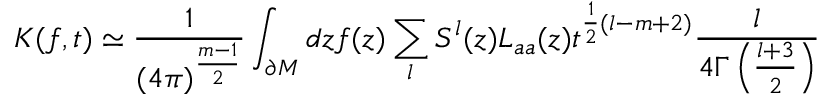
K ( f , t ) \simeq \frac 1 { ( 4 \pi ) ^ { \frac { m - 1 } 2 } } \int _ { \partial { \cal M } } d z f ( z ) \sum _ { l } S ^ { l } ( z ) L _ { a a } ( z ) t ^ { \frac 1 2 ( l - m + 2 ) } \frac { l } { 4 \Gamma \left( \frac { l + 3 } 2 \right) }